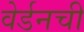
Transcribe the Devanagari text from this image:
वेर्डनची